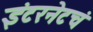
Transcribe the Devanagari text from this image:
इंटरनेटचं